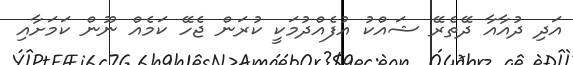
އަދި ދުއާއާ ދޭތެރޭ ޝައްކު އުފެއްދުމަކީ ކުރަން ޖެހޭ ކަމެއް ނޫން ކަމަށާއި